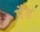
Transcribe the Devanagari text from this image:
एँड